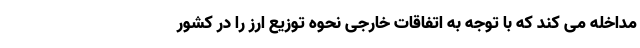
مداخله می کند که با توجه به اتفاقات خارجی نحوه توزیع ارز را در کشور